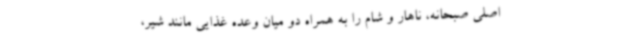
اصلی صبحانه، ناهار و شام را به همراه دو میان وعده غذایی مانند شیر،